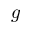
g